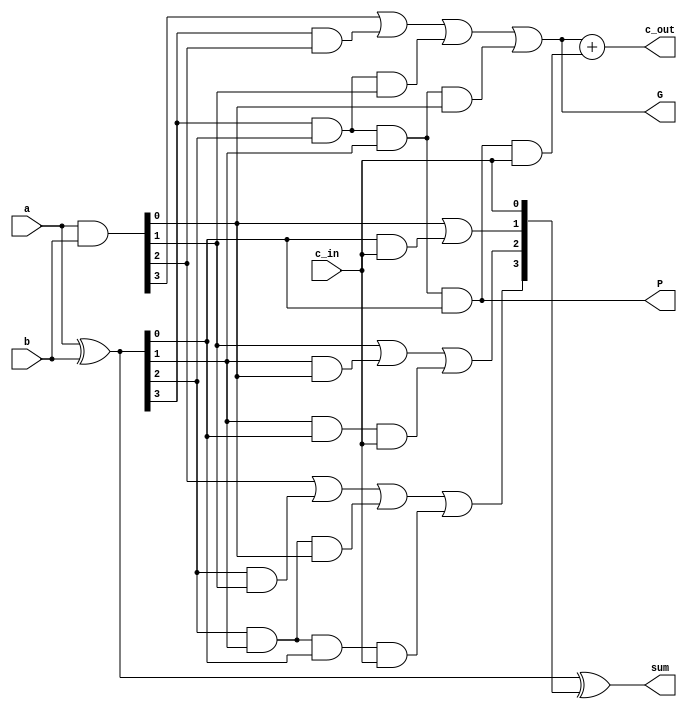
module CLA_4bit(input [3:0] a,input [3:0] b, input c_in, output [3:0] sum, output c_out, P, G);

    wire [3:0] p, g;      
    wire [3:0] c;          

    assign p = a ^ b;       // assign values to propagate bits
    assign g = a & b;       // assign values to generate bits

    // compute the carry bits
    assign c[0] = c_in;
    assign c[1] = g[0] | (p[0] & c_in);
    assign c[2] = g[1] | (p[1] & g[0]) | (p[1] & p[0] & c_in);
    assign c[3] = g[2] | (p[2] & g[1]) | (p[2] & p[1] & g[0]) | (p[2] & p[1] & p[0] & c_in);

    // compute the sum
    assign sum = p ^ c;

    // compute block propagate and generate for the next level
    assign P = p[3] & p[2] & p[1] & p[0];
    assign G = g[3] | (p[3] & g[2]) | (p[3] & p[2] & g[1]) | (p[3] & p[2] & p[1] & g[0]);
   
    // assign c_out
    assign c_out = G + (P & c_in);
endmodule